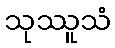
သုဿူသံ